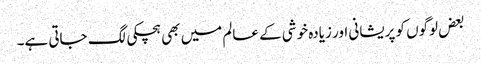
بعض لوگوں کو پریشانی اور زیادہ خوشی کے عالم میں بھی ہچکی لگ جاتی ہے۔